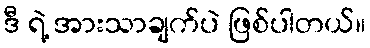
ဒီ ရဲ့ အားသာချက်ပဲ ဖြစ်ပါတယ်။